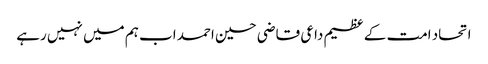
اتحاد امت کے عظیم داعی قاضی حسین احمد اب ہم میں نہیں رہے